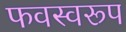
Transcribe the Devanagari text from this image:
फवस्वरूप